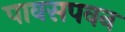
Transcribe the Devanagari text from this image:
पावसपवन